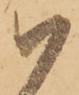
ハ